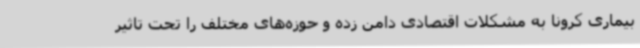
بیماری کرونا به مشکلات اقتصادی دامن زده و حوزه‌های مختلف را تحت تاثیر